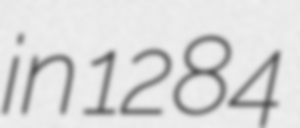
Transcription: in 1284